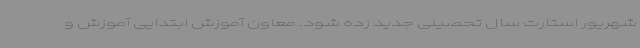
شهریور استارت سال تحصیلی جدید زده شود. معاون آموزش ابتدایی آموزش و